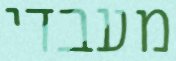
מעבדי